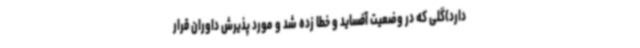
دارد)گلی که در وضعیت آفساید و خطا زده شد و مورد پذیرش داوران قرار